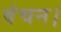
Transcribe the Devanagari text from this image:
वंचन।